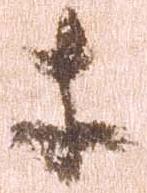
等